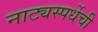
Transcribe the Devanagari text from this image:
नाट्यस्पर्धेची